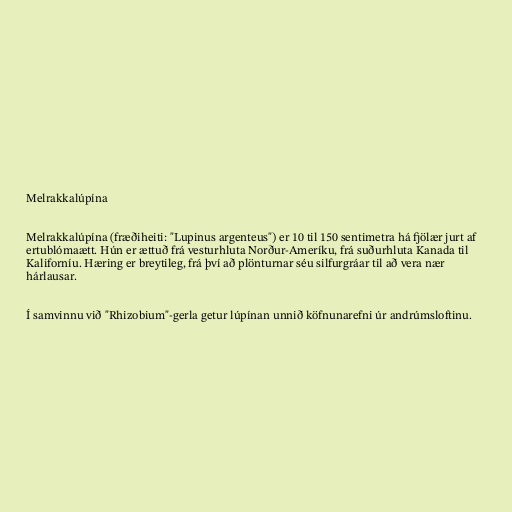
Melrakkalúpína

Melrakkalúpína (fræðiheiti: "Lupinus argenteus") er 10 til 150 sentimetra há fjölær jurt af
ertublómaætt. Hún er ættuð frá vesturhluta Norður-Ameríku, frá suðurhluta Kanada til
Kaliforníu. Hæring er breytileg, frá því að plönturnar séu silfurgráar til að vera nær
hárlausar.

Í samvinnu við "Rhizobium"-gerla getur lúpínan unnið köfnunarefni úr andrúmsloftinu.